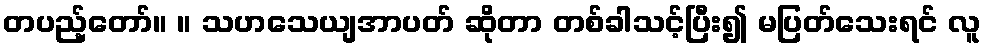
တပည့်တော်။ ။ သဟသေယျအာပတ် ဆိုတာ တစ်ခါသင့်ပြီး၍ မပြတ်သေးရင် လူ